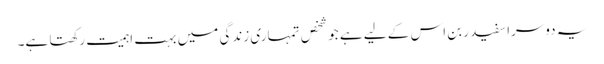
یہ دوسرا سفید ربن اس کے لیے ہے جو شخص تمہاری زندگی میں بہت اہمیت رکھتا ہے۔